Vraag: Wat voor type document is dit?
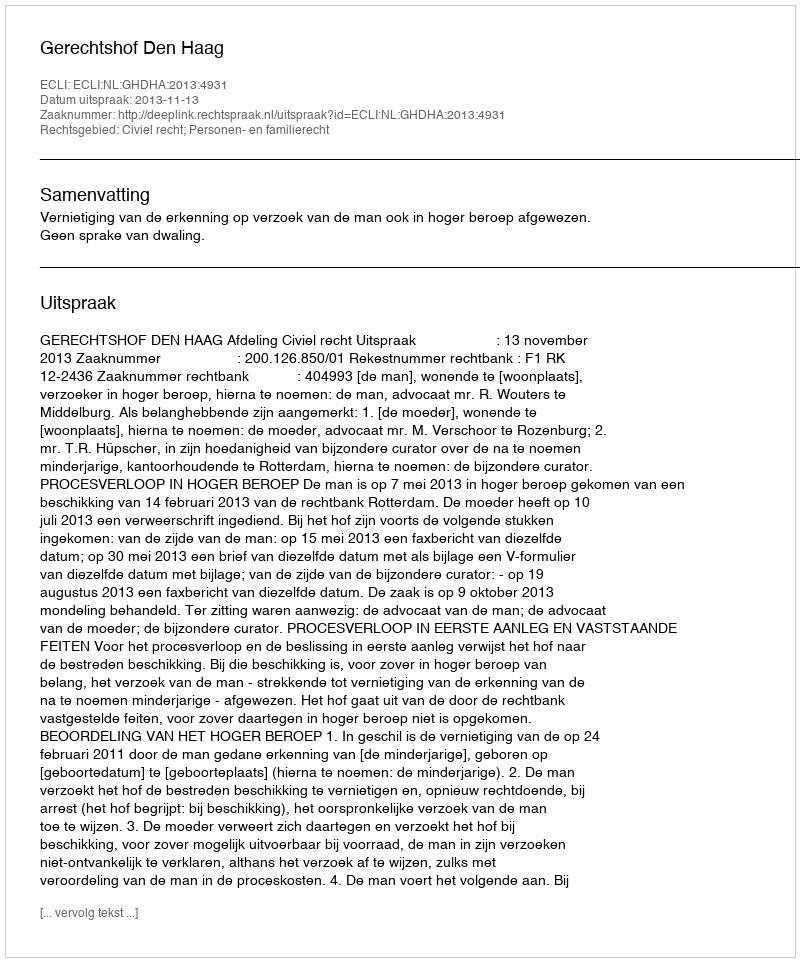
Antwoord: Uitspraak